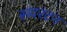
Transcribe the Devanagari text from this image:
सदरटन